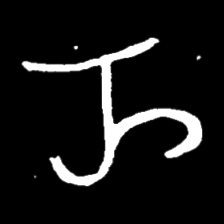
Pyu character \u2014 Myanmar letter: ည (romanized: nya)